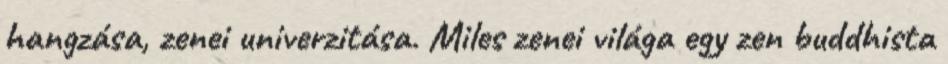
hangzása, zenei univerzitása. Miles zenei világa egy zen buddhista